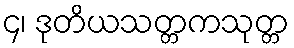
၄၊ ဒုတိယသတ္တကသုတ္တ